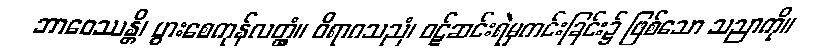
ဘာဝေဿန္တိ၊ ပွားစေကုန်လတ္တံ့။ ဝိရာဂသညံ၊ ဝဋ်ဆင်းရဲမှကင်းခြင်း၌ ဖြစ်သော သညာကို။